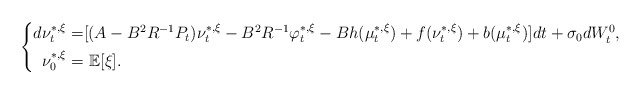
\begin{align*}\left\{\begin{aligned}d\nu_t^{*,\xi}=&[(A-B^2R^{-1}P_t)\nu_t^{*,\xi}-B^2R^{-1}\varphi_t^{*,\xi}-Bh(\mu_t^{*,\xi})+f(\nu_t^{*,\xi})+b(\mu_t^{*,\xi})]dt+\sigma_0dW^0_t,\\\nu_0^{*,\xi}=&~\mathbb{E}[\xi].\end{aligned}\right.\end{align*}